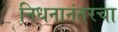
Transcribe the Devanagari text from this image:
निधनानंतरचा